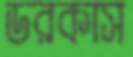
ডরকাস